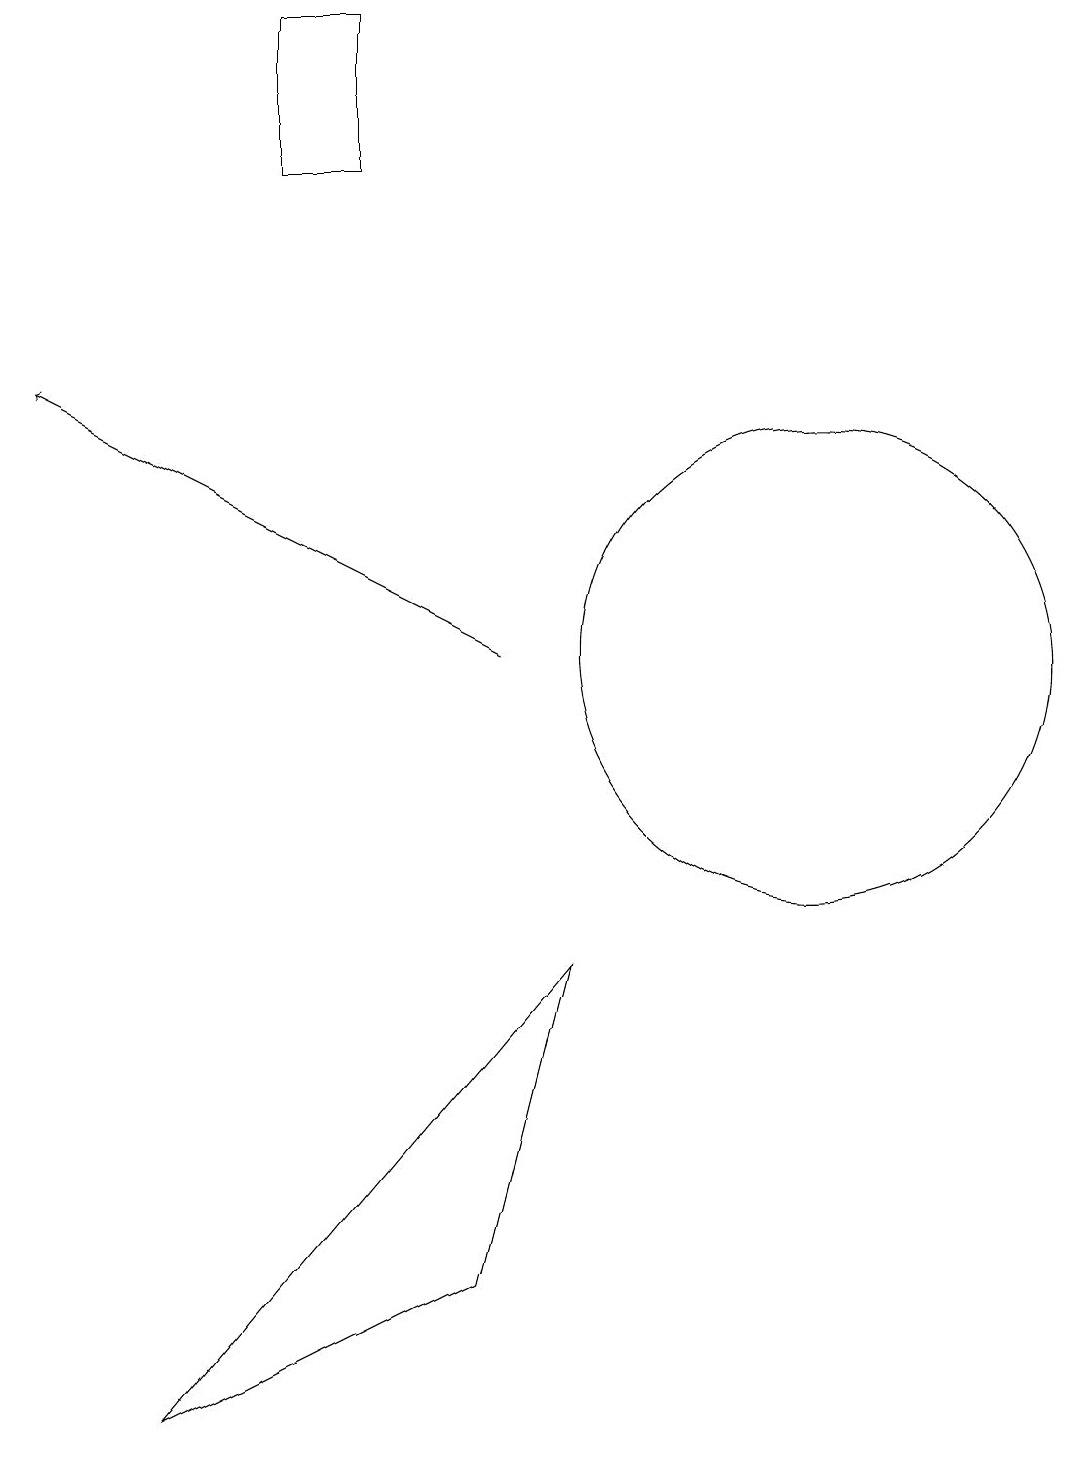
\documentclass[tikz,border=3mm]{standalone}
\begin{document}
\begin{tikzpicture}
\draw[->] (6,11) -- (0,14);
\draw (10,11) circle (3);
\draw (3,19) rectangle (4,17);
\draw (6,3) -- (7,7) -- (2,1) -- cycle;
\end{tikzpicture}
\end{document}